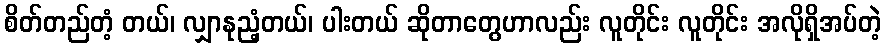
စိတ်တည်တံ့ တယ်၊ လျှာနုညံ့တယ်၊ ပါးတယ် ဆိုတာတွေဟာလည်း လူတိုင်း လူတိုင်း အလိုရှိအပ်တဲ့